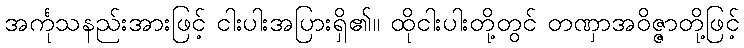
အင်္ကုသနည်းအားဖြင့် ငါးပါးအပြားရှိ၏။ ထိုငါးပါးတို့တွင် တဏှာအဝိဇ္ဇာတို့ဖြင့်